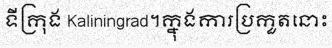
ទីក្រុង Kaliningrad។ក្នុងការប្រកួតនោះ